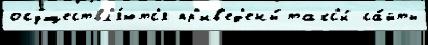
осуществл'я́ютс'я пр'ив'ед'ены́ такс'и́ са́йты